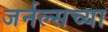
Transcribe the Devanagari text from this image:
जर्नल्सच्या